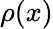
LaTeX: \rho(x)